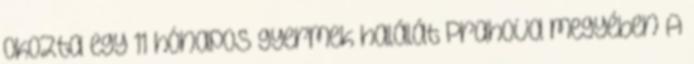
okozta egy 11 hónapos gyermek halálát Prahova megyében A